Bombay plague: being a history of the progress of plague in the Bombay presidency from September 1896 to June 1899
Year: 1896
Disease focus: Plague
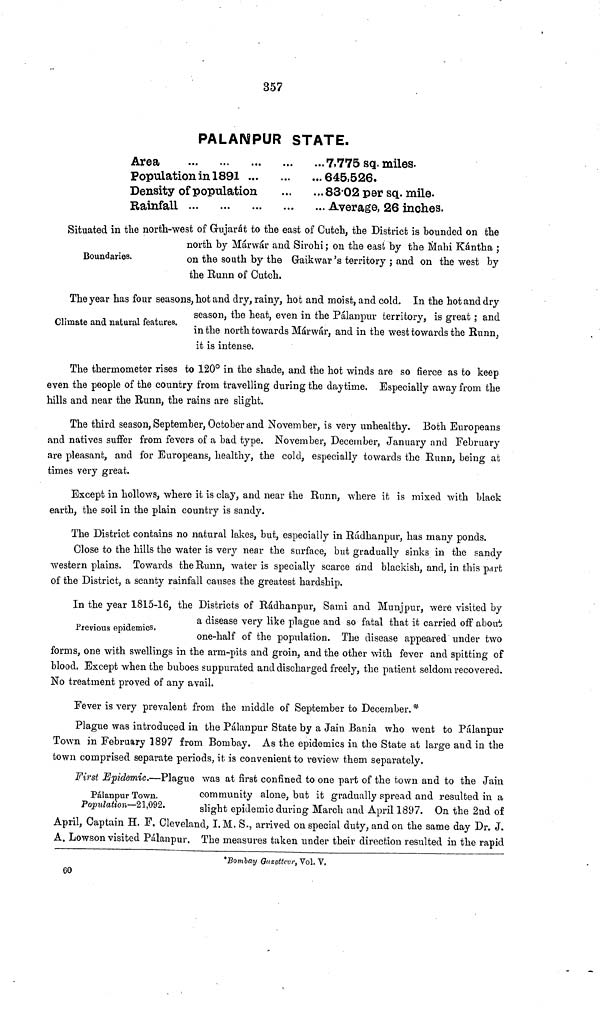
357
PALANPUR STATE.
Area
Population in 1891
Density of population
Rainfall
7,775 sq. miles.
645,526.
83 02 per sq. mile.
Average, 26 inches.
Boundaries.
Situated in the north-west of Grujarát to the east of Cutch, the District is bounded on the
north by Márwár and Sirohi; on the east by the Mahi Kántha ;
on the south by the Gaikwar's territory ; and on the west by
the Runn of Cutch.
Climate and natural features.
The year has four seasons, hot and dry, rainy, hot and moist, and cold. In the hot and dry
season, the heat, even in the Pálanpur territory, is great ; and
in the north towards Márwár, and in the west towards the Runn,
it is intense.
The thermometer rises to 120° in the shade, and the hot winds are so fierce as to keep
even the people of the country from travelling during the daytime. Especially away from the
hills and near the Runn, the rains are slight.
The third season, September, October and November, is very unhealthy. Both Europeans
and natives suffer from fevers of a bad type. November, December, January and February
are pleasant, and for Europeans, healthy, the cold, especially towards the Runn, being at
times very great.
Except in hollows, where it is clay, and near the Runn, where it is mixed with black
earth, the soil in the plain country is sandy.
The District contains no natural lakes, but, especially in Rádhanpur, has many ponds.
Close to the hills the water is very near the surface, but gradually sinks in the sandy
western plains. Towards the Runn, water is specially scarce and blackish, and, in this part
of the District, a scanty rainfall causes the greatest hardship.
Previous epidemics.
In the year 1815-16, the Districts of Rádhanpur, Sami and Munjpur, were visited by
a disease very like plague and so fatal that it carried off about
one-half of the population. The disease appeared under two
forms, one with swellings in the arm-pits and groin, and the other with fever and spitting of
blood. Except when the buboes suppurated and discharged freely, the patient seldom recovered.
No treatment proved of any avail.
Fever is very prevalent from the middle of September to December. *
Plague was introduced in the Pálanpur State by a Jain Bania who went to Pálanpur
Town in February 1897 from Bombay. As the epidemics in the State at large and in the
town comprised separate periods, it is convenient to review them separately.
Pálanpur Town.
Population—21,092.
First Epidemic.—Plague was at first confined to one part of the town and to the Jain
community alone, but it gradually spread and resulted in a
slight epidemic during March and April 1897. On the 2nd of
April, Captain H. F. Cleveland, I. M. S., arrived on special duty, and on the same day Dr. J.
A. Lowson visited Pálanpur. The measures taken under their direction resulted in the rapid
*Bombay Gazetteer, Vol. V,
60